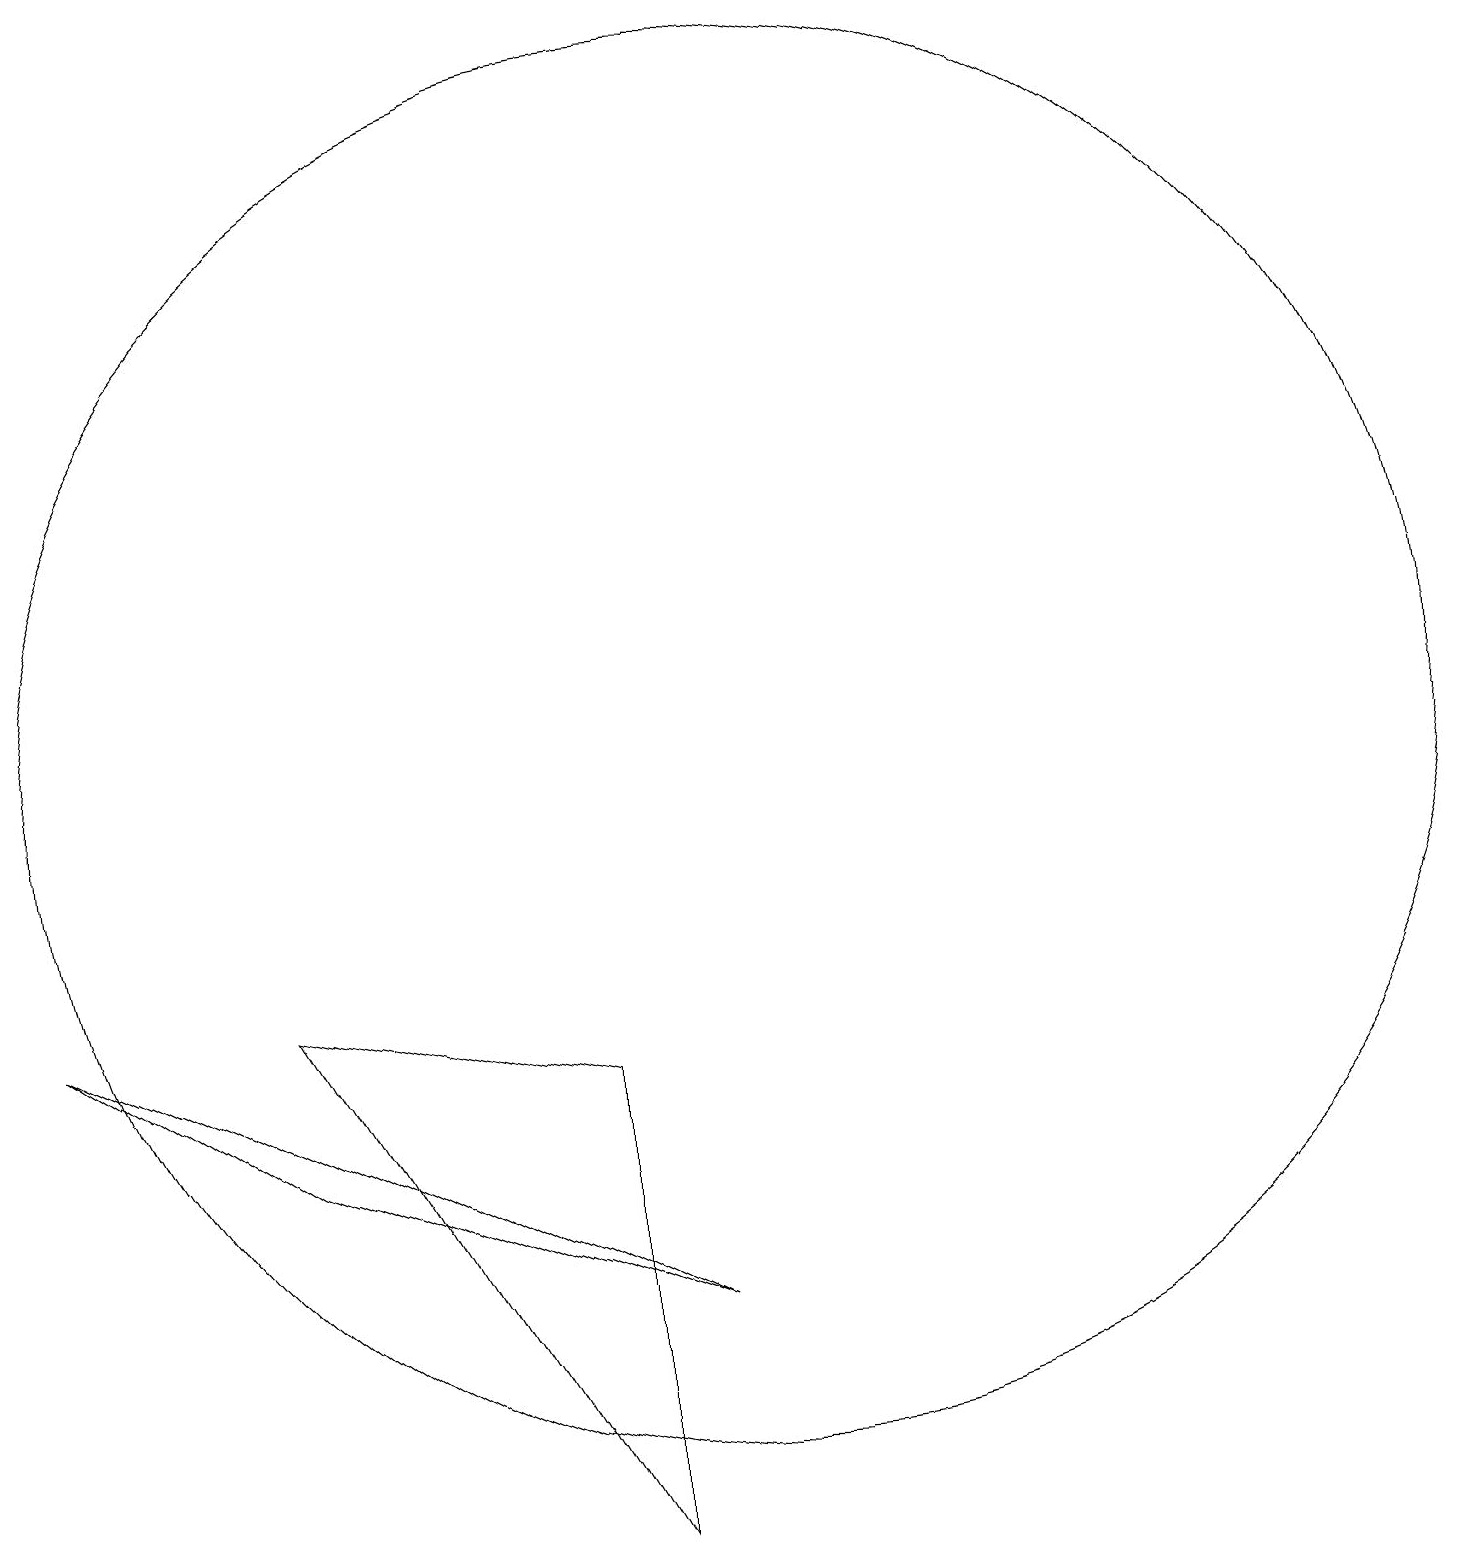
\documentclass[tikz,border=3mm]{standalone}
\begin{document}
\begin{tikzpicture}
\draw (1,7) -- (9,3) -- (4,5) -- cycle;
\draw (10,10) circle (9);
\draw (4,7) -- (8,0) -- (8,6) -- cycle;
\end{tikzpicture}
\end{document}